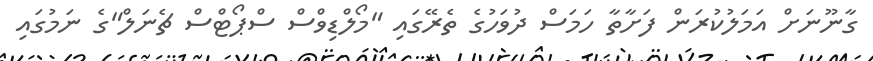
ގާނޫނަށް އަމަލުކުރަން ފަށާތާ ހަމަސް ދުވަހުގެ ތެރޭގައި "މޯލްޑިވްސް ސްޕޯޓްސް ޗެނަލް"ގެ ނަމުގައި